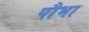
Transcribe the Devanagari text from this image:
पौभा